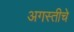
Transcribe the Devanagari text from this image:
अगस्तीचे